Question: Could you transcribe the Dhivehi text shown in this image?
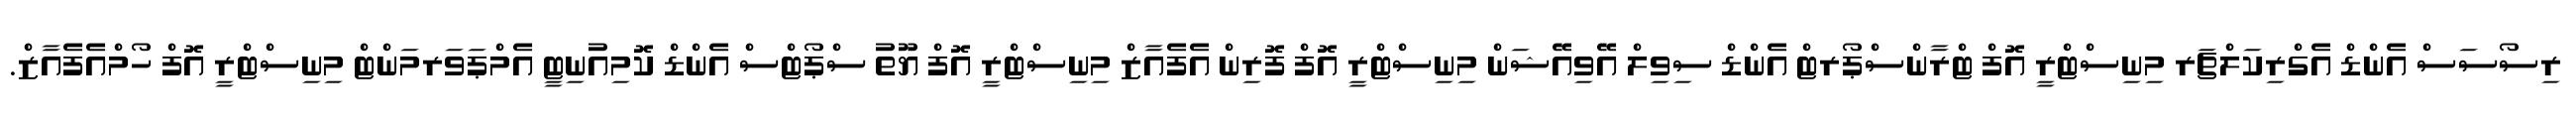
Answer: ރިސޯސަސް އެންޑް އެގްރިކަލްޗަރ މިނިސްޓްރީ އޮފް ޓްރާންސްޕޯރޓް އެންޑް ސިވިލް އޭވިއޭޝަން މިނިސްޓްރީ އޮފް ފޮރިން އެފެއާޒް މިނިސްޓްރީ އޮފް ޔޫތު ސްޕޯޓްސް އެންޑް ކޮމިއުނިޓީ އެމްޕަވަރމަންޓް މިނިސްޓްރީ އޮފް ހޯމްއެފެއާޒް.